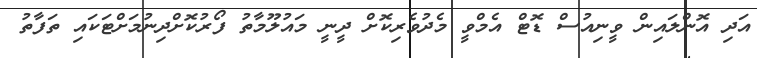
އަދި އޮންލައިން ވީނިއުސް ޑޮޓް އެމްވީ މެދުވެރިކޮށް ދީނީ މައުލޫމާތު ފޯރުކޮށްދިނުމަށްޓަކައި ތަފާތު